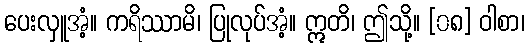
ပေးလှူအံ့။ ကရိဿာမိ၊ ပြုလုပ်အံ့။ ဣတိ၊ ဤသို့။ [၀၈] ဝါစာ၊